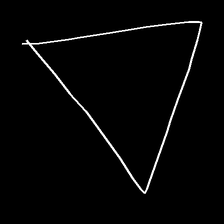
Glyph: convergence